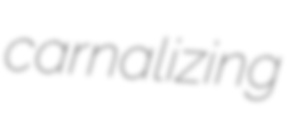
carnalizing